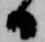
日